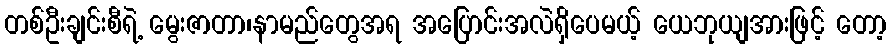
တစ်ဦးချင်းစီရဲ့ မွေးဇာတာ၊နာမည်တွေအရ အပြောင်းအလဲရှိပေမယ့် ယေဘုယျအားဖြင့် တော့